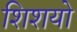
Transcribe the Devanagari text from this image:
शिशयो